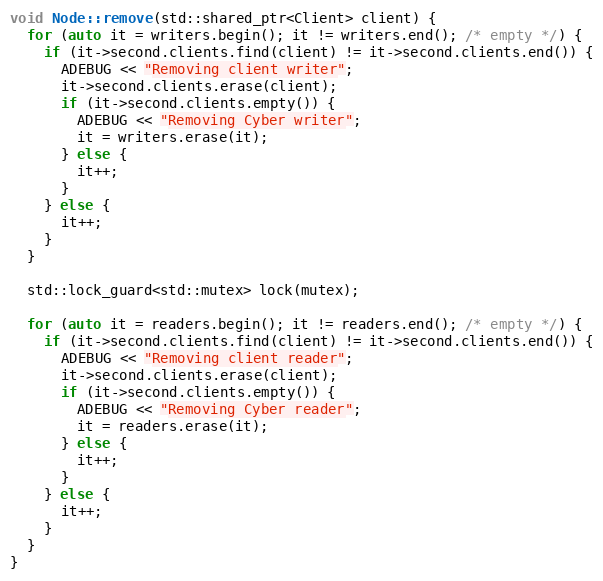
Language: C++
void Node::remove(std::shared_ptr<Client> client) {
  for (auto it = writers.begin(); it != writers.end(); /* empty */) {
    if (it->second.clients.find(client) != it->second.clients.end()) {
      ADEBUG << "Removing client writer";
      it->second.clients.erase(client);
      if (it->second.clients.empty()) {
        ADEBUG << "Removing Cyber writer";
        it = writers.erase(it);
      } else {
        it++;
      }
    } else {
      it++;
    }
  }

  std::lock_guard<std::mutex> lock(mutex);

  for (auto it = readers.begin(); it != readers.end(); /* empty */) {
    if (it->second.clients.find(client) != it->second.clients.end()) {
      ADEBUG << "Removing client reader";
      it->second.clients.erase(client);
      if (it->second.clients.empty()) {
        ADEBUG << "Removing Cyber reader";
        it = readers.erase(it);
      } else {
        it++;
      }
    } else {
      it++;
    }
  }
}